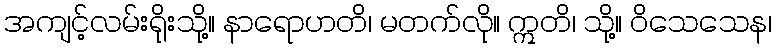
အကျင့်လမ်းရိုးသို့။ နာရောဟတိ၊ မတက်လို။ ဣတိ၊ သို့။ ဝိသေသေန၊